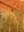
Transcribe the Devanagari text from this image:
येलु